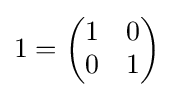
1={\begin{pmatrix}1&0\\0&1\end{pmatrix}}